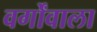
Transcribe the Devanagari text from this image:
वर्गोंवाला